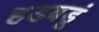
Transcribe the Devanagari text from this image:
हडबडूं